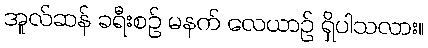
အူလ်ဆန် ခရီးစဉ် မနက် လေယာဉ် ရှိပါသလား။